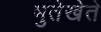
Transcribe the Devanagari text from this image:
भुतेखेते